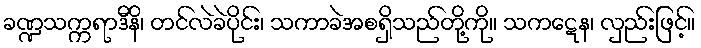
ခဏ္ဍသက္ကရာဒီနိ၊ တင်လဲခဲပိုင်း၊ သကာခဲအစရှိသည်တို့ကို။ သကဋေန၊ လှည်းဖြင့်။